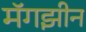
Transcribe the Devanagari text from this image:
मॅगझीन